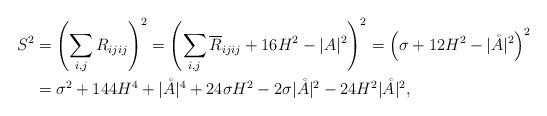
LaTeX: \begin{align*}S^2 &= \left( \sum_{i,j} R_{ijij}\right)^2=\left( \sum_{i,j}\overline{R}_{ijij} +16H^2-\vert A\vert^2\right)^2=\left(\sigma+12H^2-\vert\mathring{A}\vert^2\right)^2\\&= \sigma^2 + 144H^4 +\vert\mathring{A}\vert^4+24\sigma H^2 -2\sigma\vert\mathring{A}\vert^2-24H^2\vert\mathring{A}\vert^2,\end{align*}